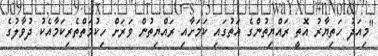
"މިއަދު ހަތިޔާރު އޮތީ ރައްޔިތުންގެ އަތުގައި ކަމަށާއި ރައްޔިތުން ވަރަށް ހިކުމަތްތެރިކަމާއެކު ދުވާލުގެ